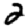
Digit: 2